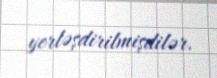
yerləşdirilmişdilər.